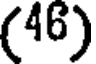
(46)